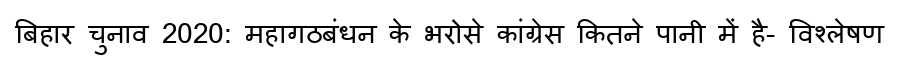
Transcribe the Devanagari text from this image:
बिहार चुनाव 2020: महागठबंधन के भरोसे कांग्रेस कितने पानी में है- विश्लेषण